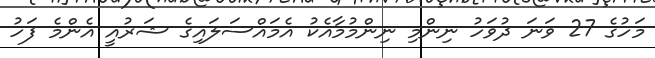
މަހުގެ 27 ވަނަ ދުވަހު ނިންމި ނިންމުމާއެކު އެމައްސަލައިގެ ޝަރުއީ އެންމެ ފަހު